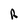
Character: R